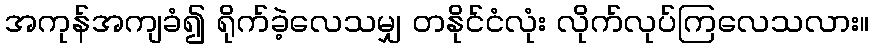
အကုန်အကျခံ၍ ရိုက်ခဲ့လေသမျှ တနိုင်ငံလုံး လိုက်လုပ်ကြလေသလား။